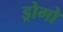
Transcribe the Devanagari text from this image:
ड्रोगो